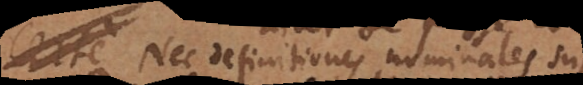
i. Nec definitiones nominales